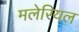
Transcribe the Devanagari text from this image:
मलेरियल